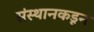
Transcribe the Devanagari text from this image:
संस्थानकडून